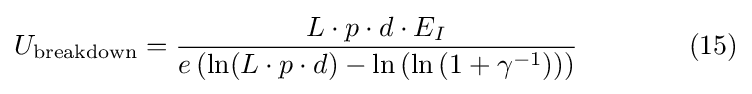
U_{\text{breakdown}}={\frac {L\cdot p\cdot d\cdot E_{I}}{e\left(\ln(L\cdot p\cdot d)-\ln \left(\ln \left(1+\gamma ^{-1}\right)\right)\right)}}\qquad \qquad (15)